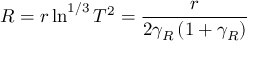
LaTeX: R = r \ln ^ { 1 / 3 } T ^ { 2 } = \frac { r } { 2 \gamma _ { R } \left( 1 + \gamma _ { R } \right) }